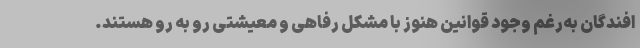
افندگان به‌رغم وجود قوانین هنوز با مشکل رفاهی و معیشتی رو به رو هستند.